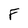
Character: F